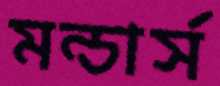
মন্ডার্স